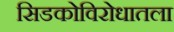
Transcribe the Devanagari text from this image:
सिडकोविरोधातला